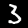
Digit: 3